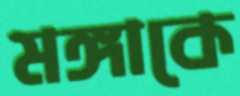
মঙ্গাকে